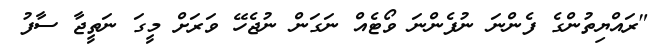
"ރައްޔިތުންގެ ފެންނަ ނުފެންނަ ވޯޓެއް ނަގަން ނުޖެހޭ ވަރަށް މީގަ ނަތީޖާ ސާފު